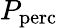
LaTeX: P_{\mathrm{perc}}